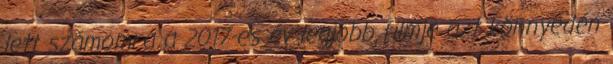
lett számomra a 2017-es év legjobb filmje azt könnyedén